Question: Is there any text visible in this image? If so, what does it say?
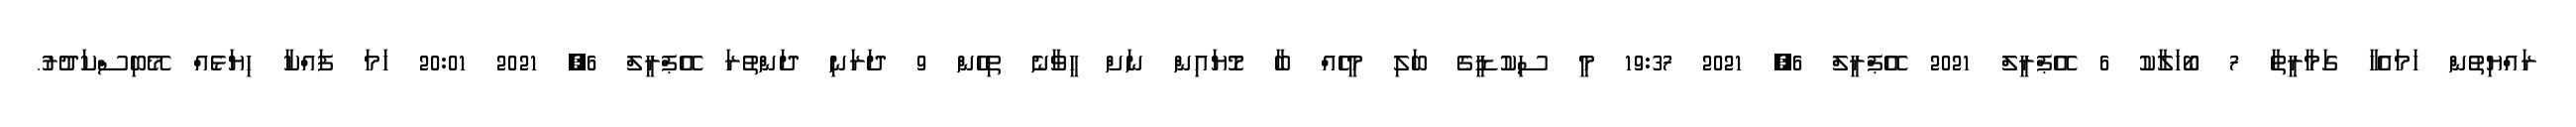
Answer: ރައްޔިތުން ހަމައެހާ ގަމާރީތާ 7 ބޯހަލާކު 6 އޭޕްރީލް 2021 އޭޕްރީލް 6, 2021 19:37 މީ ސިކުޑީގެ ބަލި މީހެއް ބާ މޮޔައިން ނަށް ހީވާނެ ތިހެން 9 ދަރަނި ދަންތުރަ އޭޕްރީލް 6, 2021 20:01 ހަމަ ފައްކާ ހިޔަޅެއް މޭބިސްކަދުރު.